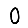
Digit: 0